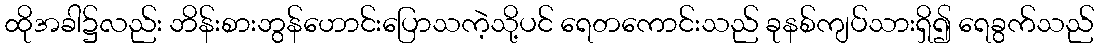
ထိုအခါ၌လည်း ဘိန်းစားဘွန်ဟောင်းပြောသကဲ့သို့ပင် ရေတကောင်းသည် ခုနစ်ကျပ်သားရှိ၍ ရေခွက်သည်